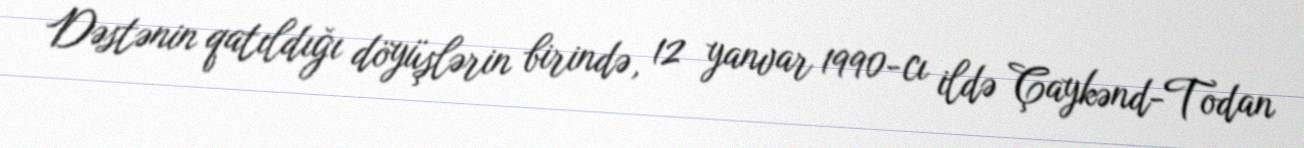
Dəstənin qatıldığı döyüşlərin birində, 12 yanvar 1990-cı ildə Çaykənd-Todan